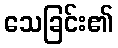
သေခြင်း၏